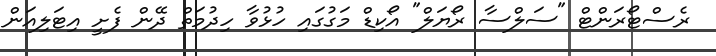
ރެސްޓޯރަންޓް "ސަލްސާ ރޯޔަލް" އޯކިޑް މަގުގައި ހުޅުވާ ހިދުމަތް ދޭން ފެށީ އިޓަލިއަން